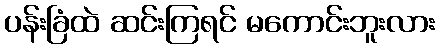
ပန်းခြံထဲ ဆင်းကြရင် မကောင်းဘူးလား